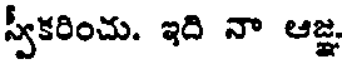
స్వీకరించు. ఇది నా ఆజ్ఞ